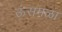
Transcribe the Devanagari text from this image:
ऊंसमळा